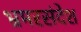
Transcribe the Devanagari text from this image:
भ्रमरसंदेश